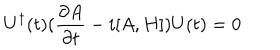
U ^ { \dagger } ( t ) ( { \frac { \partial A } { \partial t } } - i [ A , H ] ) U ( t ) = 0 \nonumber